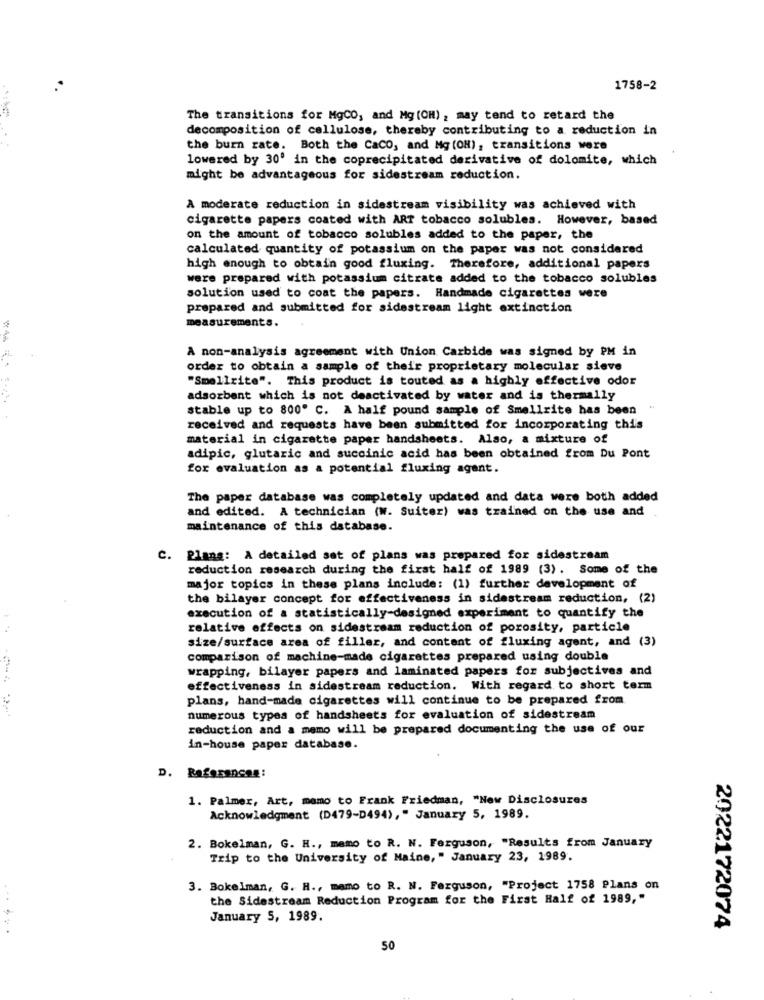
1758-2
The transitions for MgCO, and Mg (OH), may tend to retard the
decomposition of cellulose, thereby contributing to a reduction in
the burn rate. Both the CaCO, and Mg (OH), transitions were
lowered by 30' in the coprecipitated derivative of dolomite, which
might be advantageous for sidestream reduction.
A moderate reduction in sidestream visibility was achieved with
cigarette papers coated with ART tobacco solubles. However, based
on the amount of tobacco solubles added to the paper, the
calculated quantity of potassium on the paper was not considered
high enough to obtain good fluxing. Therefore, additional papers
were prepared with potassium citrate added to the tobacco solubles
solution used to coat the papers. Handmade cigarettes were
prepared and submitted for sidestream light extinction
measurements.
A non-analysis agreement with Union Carbide was signed by PM in
order to obtain a sample of their proprietary molecular sieve
"Smellrite". This product is touted as a highly effective odor
adsorbent which is not deactivated by water and is thermally
stable up to 800" C. A half pound sample of Smellrite has been
received and requests have been submitted for incorporating this
material in cigarette paper handsheets. Also, a mixture of
adipic, glutaric and succinic acid has been obtained from Du Pont
for evaluation as a potential fluxing agent.
The paper database was completely updated and data were both added
and edited. A technician (W. Suiter) was trained on the use and
maintenance of this database.
C. Plans: A detailed sat of plans was prepared for sidestream
reduction research during the first half of 1989 (3). Some of the
major topics in these plans include: (1) further development of
the bilayer concept for effectiveness in sidestream reduction, (2)
execution of a statistically-designed experiment to quantify the
relative effects on sidestream reduction of porosity, particle
size/surface area of filler, and content of fluxing agent, and (3)
comparison of machine-made cigarettes prepared using double
wrapping, bilayer papers and laminated papers for subjectives and
effectiveness in sidestream reduction. With regard to short term
plans, hand-made cigarettes will continue to be prepared from
numerous types of handsheets for evaluation of sidestream
reduction and a memo will be prepared documenting the use of our
in-house paper database.
D. References:
1. Palmer, Art, mamo to Frank Friedman, "New Disclosures
Acknowledgment (D479-D494)," January 5, 1989.
2. Bokelman, G. H ., mamo to R. N. Ferguson, "Results from January
Trip to the University of Maine, " January 23, 1989.
3. Bokelman, G. H ., mamo to R. N. Ferguson, "Project 1758 Plans on
the Sidestream Reduction Program for the First Half of 1989,"
January 5, 1989.
......
2022172074
50